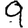
Digit: 9